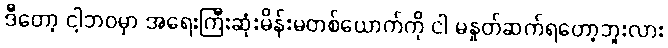
ဒီတော့ ငါ့ဘဝမှာ အရေးကြီးဆုံးမိန်းမတစ်ယောက်ကို ငါ မနှုတ်ဆက်ရတော့ဘူးလား